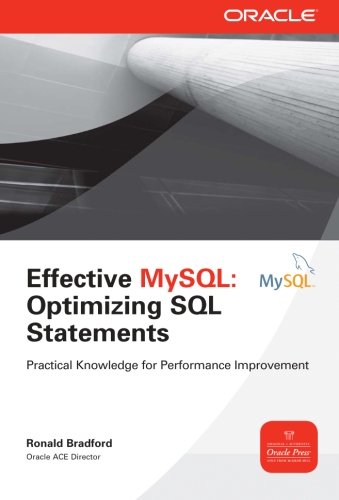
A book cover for Effective MySQL Optimizing SQL Statements (Oracle Press); Ronald Bradford; Computers & Technology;